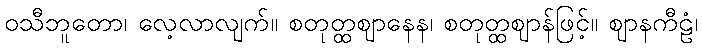
ဝသီဘူတော၊ လေ့လာလျက်။ စတုတ္ထဈာနေန၊ စတုတ္ထဈာန်ဖြင့်။ ဈာနကီဠံ၊